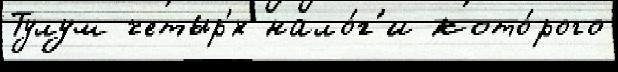
Тулум четыр'́х нало́г'и кото́рого